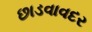
છાડવાવદર